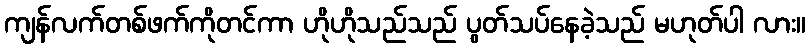
ကျန်လက်တစ်ဖက်ကိုတင်ကာ ဟိုဟိုသည်သည် ပွတ်သပ်နေခဲ့သည် မဟုတ်ပါ လား။